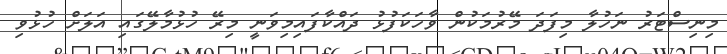
މިނިސްޓަރު ނަހުލާ މިފަދަ މޭރުމަކުން ވާހަކަފުޅު ދައްކާފައިމިވަނީ މިރޭ ހުޅުމާލޭގައި އަލަށް ހުޅުވި